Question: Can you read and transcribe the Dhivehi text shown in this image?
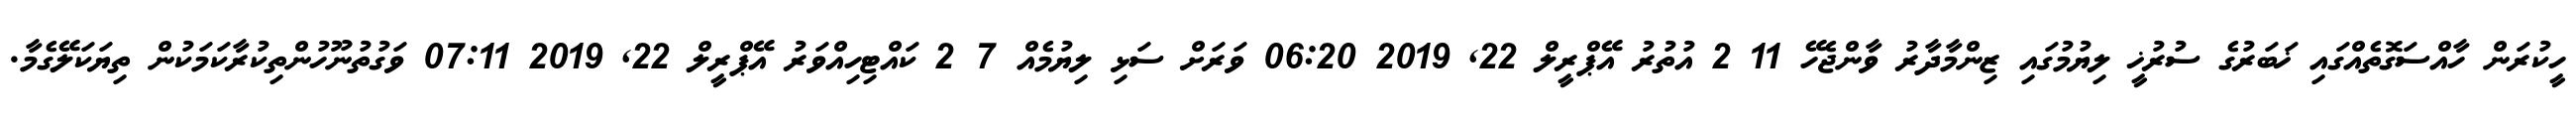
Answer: ހީކުރަން ހާއްސަގޮތެއްގައި ޚަބަރުގެ ސުރުޚީ ލިޔުމުގައި ޒިންމާދާރު ވާންޖެހޭ 11 2 އުތުރު އޭޕްރީލް 22, 2019 06:20 ވަރަށް ސަޅި ލިޔުމެއް 7 2 ކައްޓިހިއްވަރު އޭޕްރީލް 22, 2019 07:11 ވަގުތުނޫހުންތިކުރާކަމަކުން ތިޔަކަލޭގެމާ.